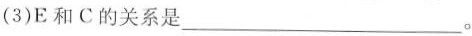
(3)E和C的关系是___。